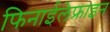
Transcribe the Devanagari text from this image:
फिनाईलेफ्राइन